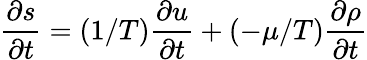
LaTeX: {\frac{\partial s}{\partial t}}=(1/T){\frac{\partial u}{\partial t}}+(-\mu/T){\frac{\partial\rho}{\partial t}}